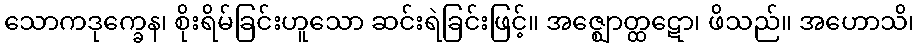
သောကဒုက္ခေန၊ စိုးရိမ်ခြင်းဟူသော ဆင်းရဲခြင်းဖြင့်။ အဇ္ဈောတ္ထဋော၊ ဖိသည်။ အဟောသိ၊